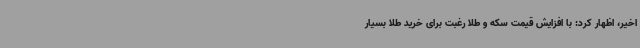
اخیر، اظهار کرد: با افزایش قیمت سکه و طلا رغبت برای خرید طلا بسیار